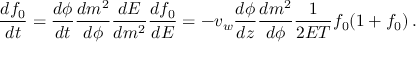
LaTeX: \frac { d f _ { 0 } } { d t } = \frac { d \phi } { d t } \frac { d m ^ { 2 } } { d \phi } \frac { d E } { d m ^ { 2 } } \frac { d f _ { 0 } } { d E } = - v _ { w } \frac { d \phi } { d z } \frac { d m ^ { 2 } } { d \phi } \frac { 1 } { 2 E T } f _ { 0 } ( 1 + f _ { 0 } ) \, .